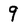
Character: 9